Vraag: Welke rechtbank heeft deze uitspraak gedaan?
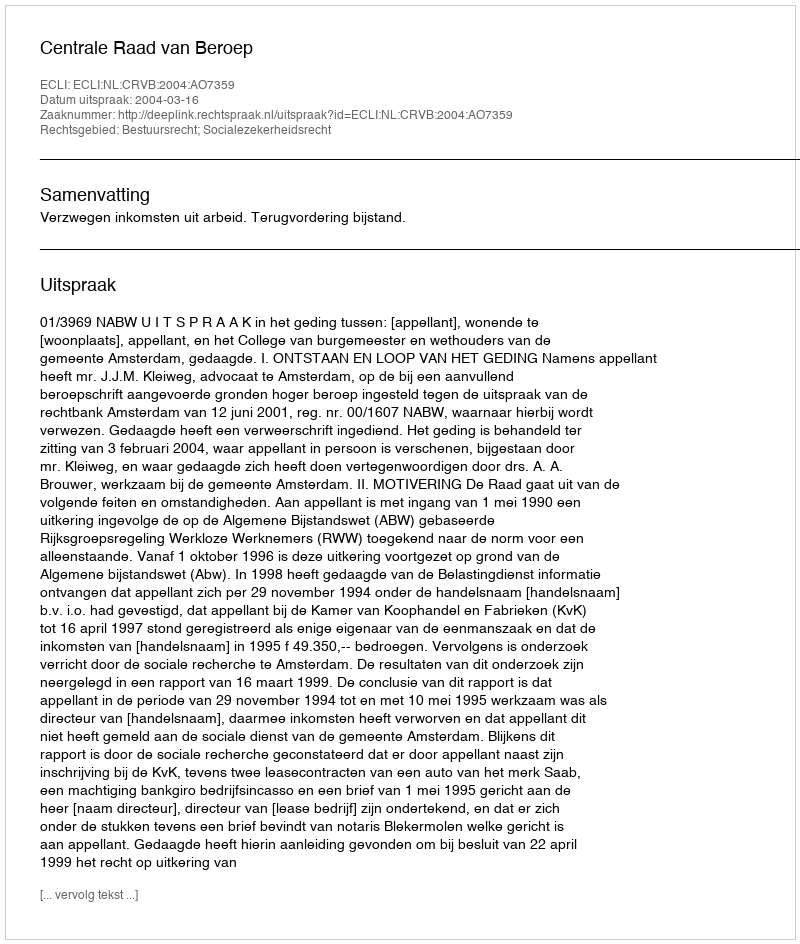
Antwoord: Centrale Raad van Beroep